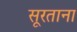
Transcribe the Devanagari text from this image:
सूरताना